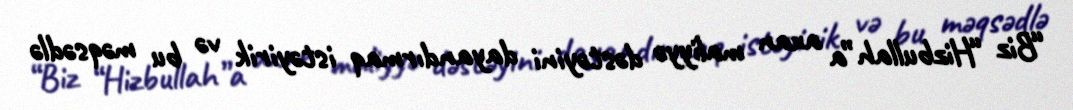
“Biz “Hizbullah”a axan maliyyə dəstəyini dayandırmaq istəyirik və bu məqsədlə